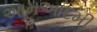
આમઆદમી